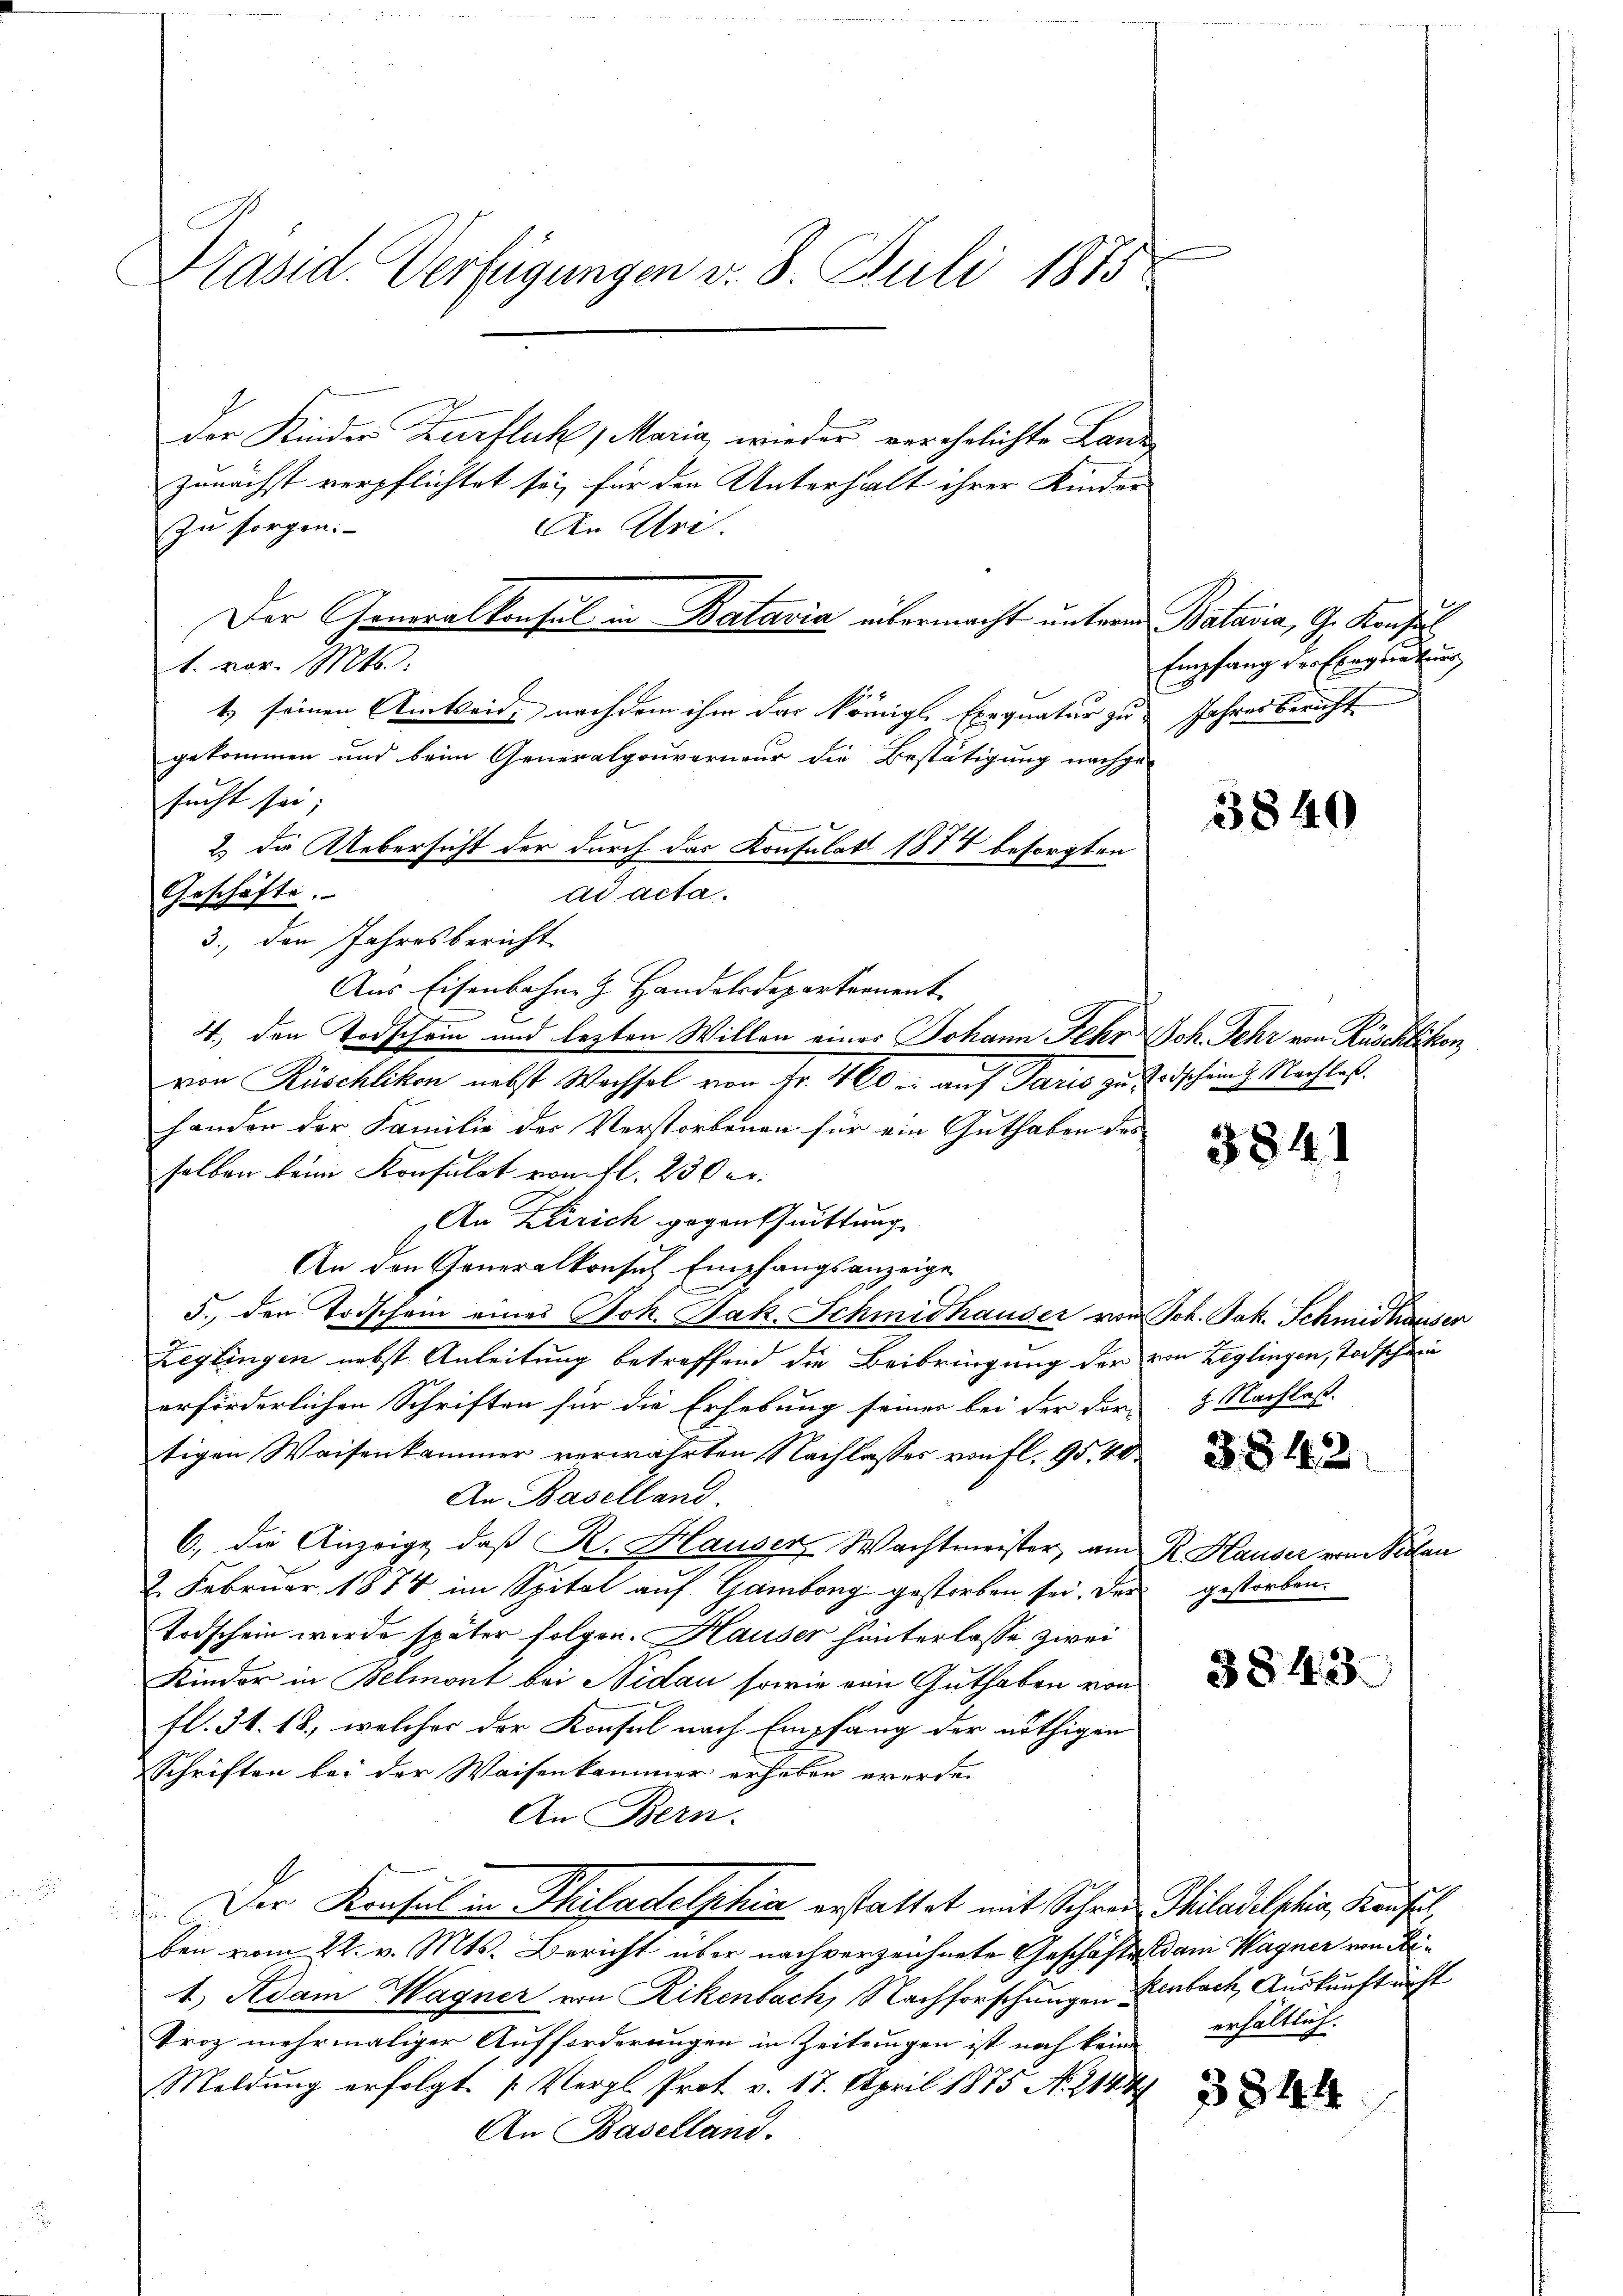
Präsid. Verfügungen v. 8. Juli 1875.

sucht sei;
s
2) die Uebersicht der durch das Konsulat 1874 besorgten
ad acta.
Geschäfte.
3., den Jahresbericht

zu sorgen.
1. vor. Mts.
Aus Eisenbahn z. Handelsdepartement
4., den Todschein und lezten Willen eines Johann Fehr Joh. Sehr von Rüschlikon,
von Rüschlikon nebst Wachsel von Fr. 400 r. auf Paris zu Erdschung. Nachlaß.
handen der Familie der Verstorbenen für ein Guthaben des
selben beim Konsulat von fl. 230 er
An Zürich gegenschnittung
An den Generalkonsul Empfangsanzeige
5., den Todschein eines Joh. Jak. Schmidhauser von Joh. Jak. Schmidhäuser
Zeglingen nebst Anleitung betreffend die Beibringung der von Leglingen, Todschein
erförderlichen Schriften für die Erhebung seiner bei der For-
tigen Waisenkammer verwahrten Nachlasses von fl. 95. 40
An Baselland.
6., die Anzeige, daß R. Hauser, Wachtmeister, am R. Hauser vom Pillen
2. Februar 1874 im Spital auf Gambong gestorben sei. Der
Todschein werde später folgen. Hauser hinterlasse zwei
Kinder in Belmont bei Nidau sowie eine Guthaben von
fl. 34. 18, welcher der Konsul nach Empfang der nöthigen
Schriften bei der Waisenkammer erheben werde.
An Bern.
Der Konsul in Philadelphia erstattet mit Schreie Philadelphia, Kaufel,
ben vom 22. v. Mts. Bericht über nachverzeichnete Geschäftsdam Wagner von Se¬
1.) Adam Wagner von Rikenbach, Nachforschungen Renbach Auskunft nicht
Troz mehrmaliger Aufforderungen in Zeitungen ist noch keine erhältlich.
Meldung erfolgt. (Vergl. Prot. v. 17. April 1875 No. 2144
An Baselland.

der Kinder Zufluck, Maria, wieder verehelichte Land
zunächst verpflichtet sey für den Unterhalt ihrer Kinder
An Uri.
Der Generalkonsul in Batavia übermacht unterm Batavia, G. Konfus

t) seinen Amtseid nachdem ihm das königl. Exequatur zu
gekommen und beim Generalgouverneur die Bestätigung nachge-

Empfang der Ehegaturg
Jahres Bericht

3840

3841

2. Nachlaß.

gestorben.

3843.

3844